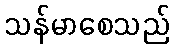
သန်မာစေသည်